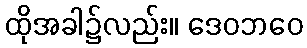
ထိုအခါ၌လည်း။ ဒေဝဘဝေ